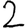
Digit: 2